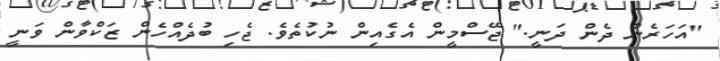
"އަހަރެން ދެން ދަނީ." ޖޭސްމީން އެގެއިން ނުކުތެވެ. ޖެހި ބުދެއްހެން ޒަކްވާން ވަނީ